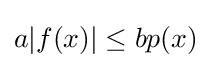
a|f(x)|\leq bp(x)